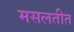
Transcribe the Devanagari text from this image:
मसलतीत